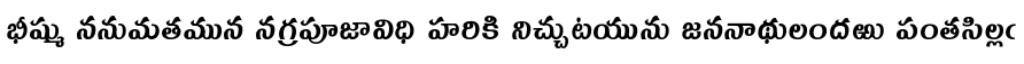
భీష్ము ననుమతమున నగ్రపూజావిధి హరికి నిచ్చుటయును జననాథులందఱు పంతసిల్లఁ